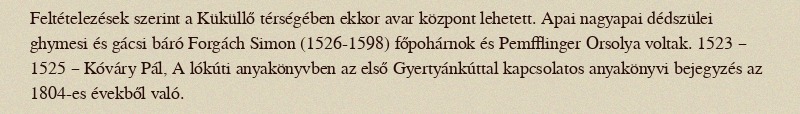
Feltételezések szerint a Küküllő térségében ekkor avar központ lehetett. Apai nagyapai dédszülei ghymesi és gácsi báró Forgách Simon (1526-1598) főpohárnok és Pemfflinger Orsolya voltak. 1523 – 1525 – Kóváry Pál, A lókúti anyakönyvben az első Gyertyánkúttal kapcsolatos anyakönyvi bejegyzés az 1804-es évekből való.